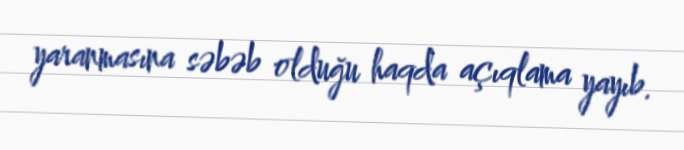
yaranmasına səbəb olduğu haqda açıqlama yayıb.